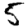
Digit: 5